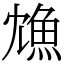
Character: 𩵫